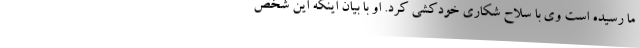
ما رسیده است وی با سلاح شکاری خودکشی کرد. او با بیان اینکه این شخص